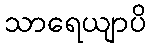
သာရေယျာပိ